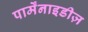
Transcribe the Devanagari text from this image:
पार्मेंनाइडीज़